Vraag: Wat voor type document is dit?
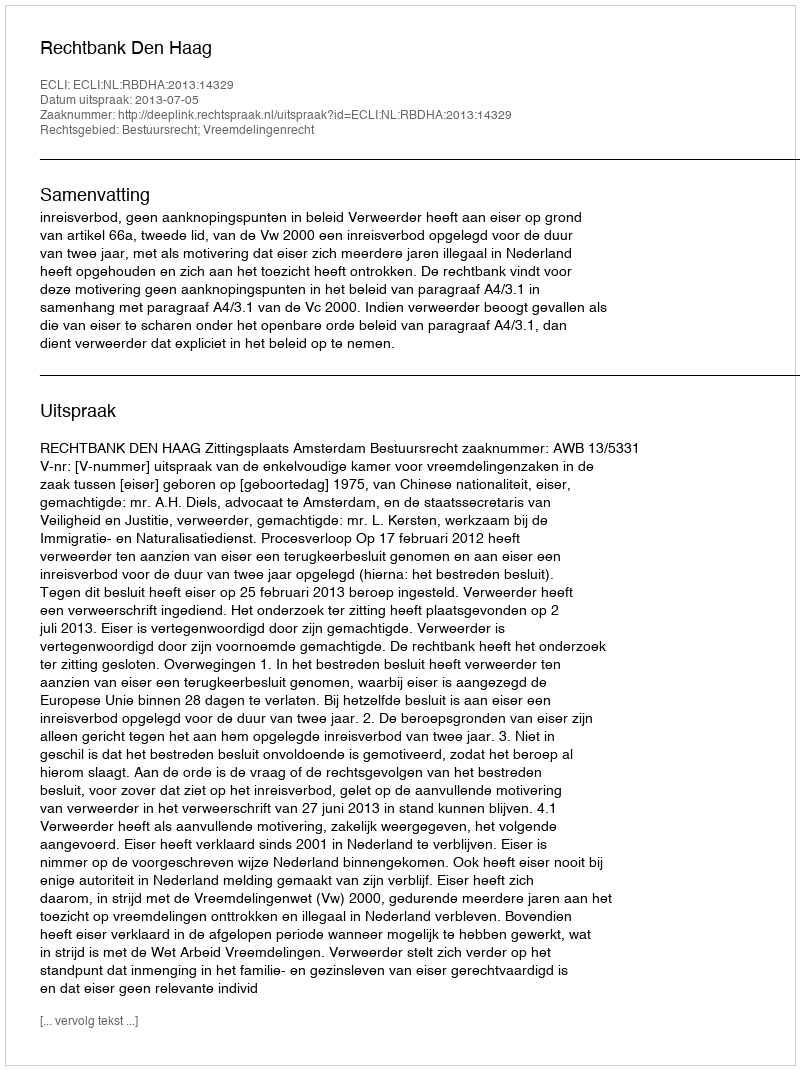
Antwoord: Uitspraak